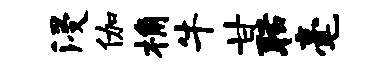
浸伽桷牛甘聒毫